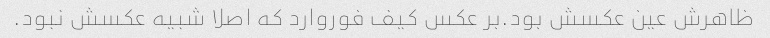
ظاهرش عین عکسش بود.بر عکس کیف فوروارد که اصلا شبیه عکسش نبود.